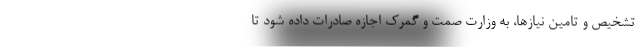
تشخیص و تامین نیازها، به وزارت صمت و گمرک اجازه صادرات داده شود تا